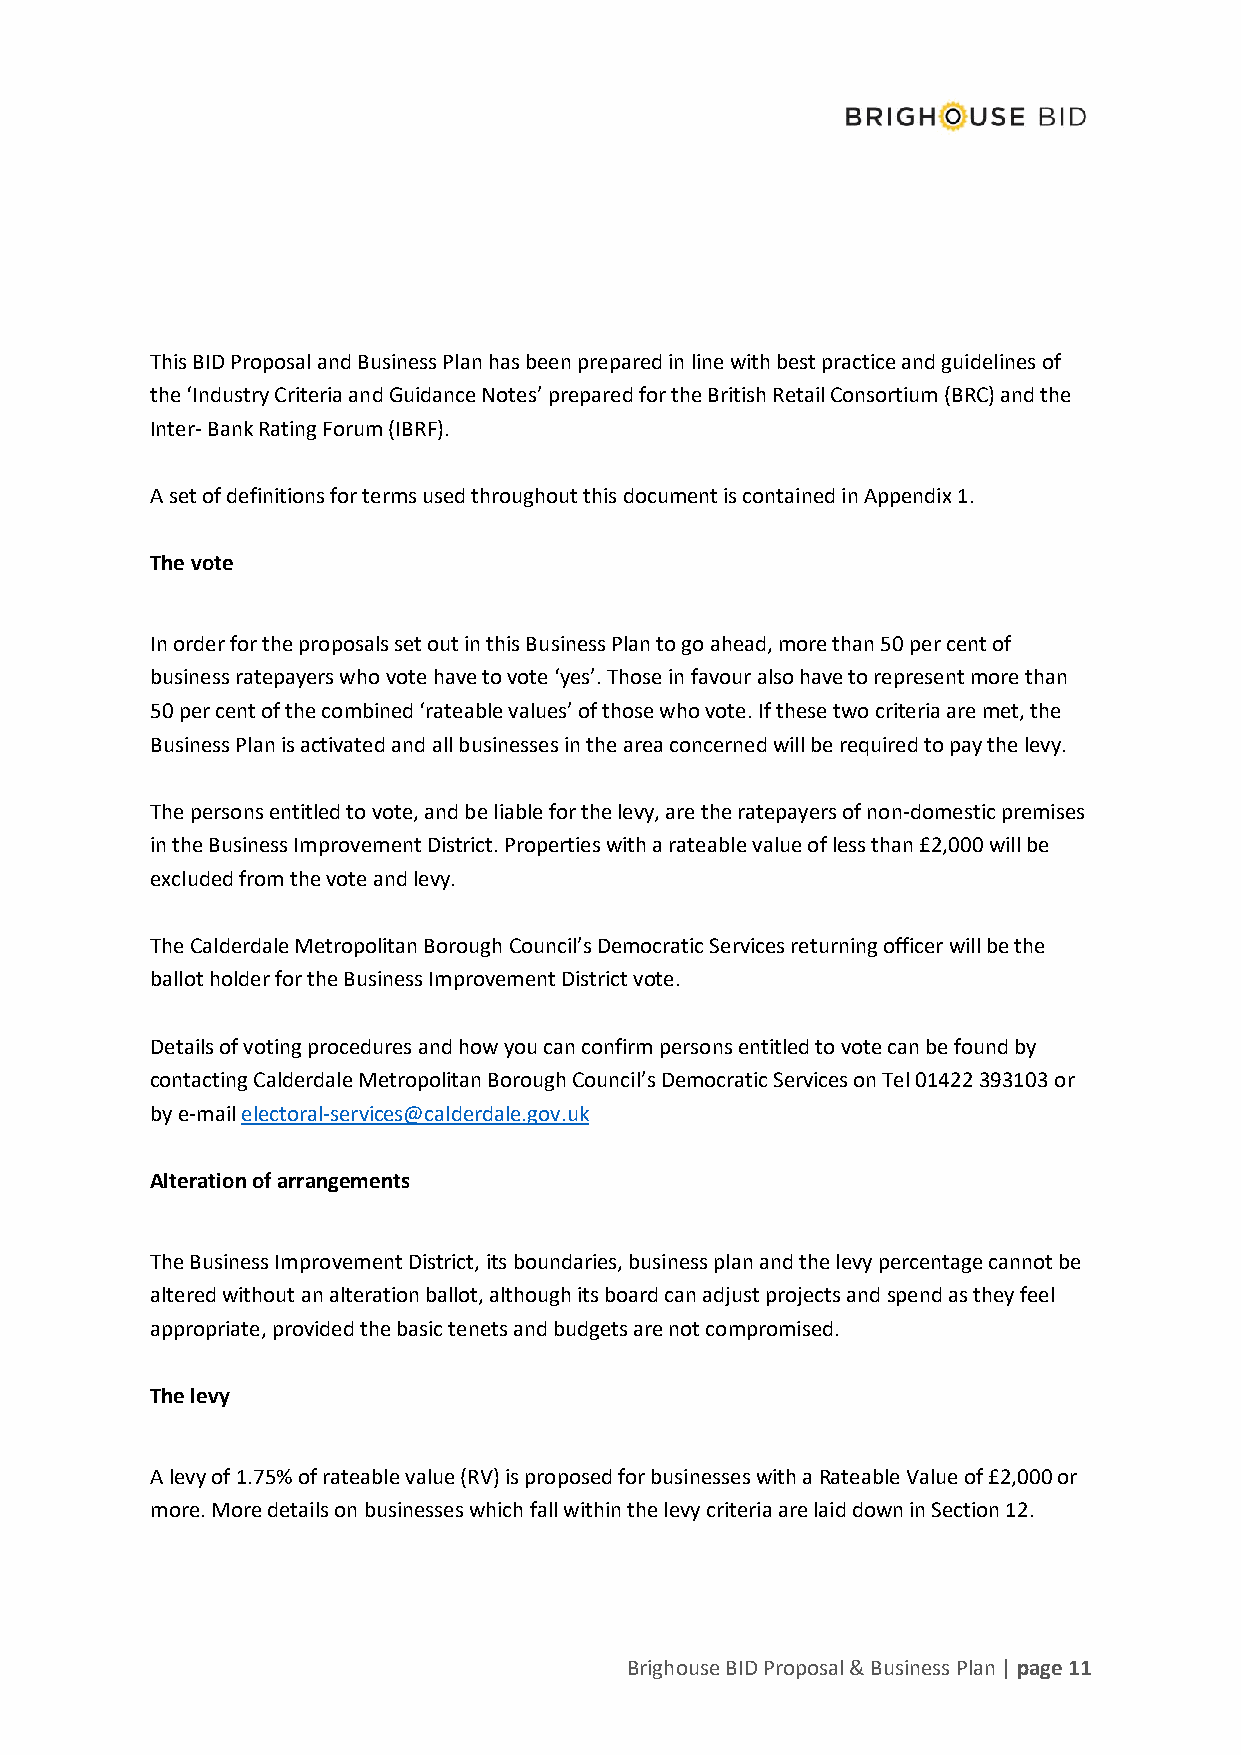
This BID Proposal and Business Plan has been prepared in line with best practice and guidelines of
 the ‘Industry Criteria and Guidance Notes’ prepared for the British Retail Consortium (BRC) and the
 Inter- Bank Rating Forum (IBRF).
 A set of definitions for terms used throughout this document is contained in Appendix 1.
 The vote
 In order for the proposals set out in this Business Plan to go ahead, more than 50 per cent of
 business ratepayers who vote have to vote ‘yes’. Those in favour also have to represent more than
 50 per cent of the combined ‘rateable values’ of those who vote. If these two criteria are met, the
 Business Plan is activated and all businesses in the area concerned will be required to pay the levy.
 The persons entitled to vote, and be liable for the levy, are the ratepayers of non-domestic premises
 in the Business Improvement District. Properties with a rateable value of less than £2,000 will be
 excluded from the vote and levy.
 The Calderdale Metropolitan Borough Council’s Democratic Services returning officer will be the
 ballot holder for the Business Improvement District vote.
 Details of voting procedures and how you can confirm persons entitled to vote can be found by
 contacting Calderdale Metropolitan Borough Council’s Democratic Services on Tel 01422 393103 or
 by e-mail electoral-services@calderdale.gov.uk
 Alteration of arrangements
 The Business Improvement District, its boundaries, business plan and the levy percentage cannot be
 altered without an alteration ballot, although its board can adjust projects and spend as they feel
 appropriate, provided the basic tenets and budgets are not compromised.
 The levy
 A levy of 1.75% of rateable value (RV) is proposed for businesses with a Rateable Value of £2,000 or
 more. More details on businesses which fall within the levy criteria are laid down in Section 12.
 Brighouse BID Proposal & Business Plan | page 11